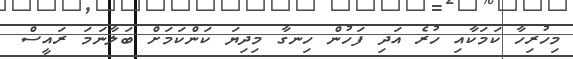
މިހުރިހާ ކަމަކާއި ހުރެ އަދި ފަހުން ހިނގާ މިދިޔަ ކަންކަމަށް ބަލާނަމަ ރައީސް